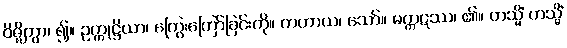
ဝိဇ္ဈိတွာ၊ ၍။ ဥက္ကုဋ္ဌိယာ၊ ကြွေးကြော်ခြင်းကို။ ကတာယ၊ သော်။ မက္ကဋဿ၊ ၏။ တသ္မိံ တသ္မိံ